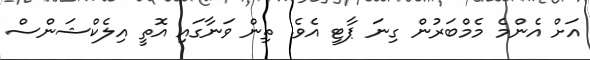
އަށް އެންމެ މެމްބަރުން ގިނަ ޕާޓީ އެވެ. ތިން ވަނާގައި އޮތީ އިލެކްޝަންސް